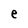
Character: e